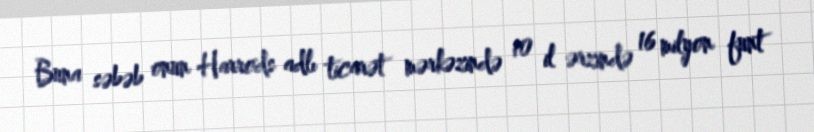
Buna səbəb onun Harrods adlı ticarət mərkəzində 10 il ərzində 16 milyon funt